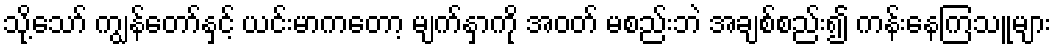
သို့သော် ကျွန်တော်နှင့် ယင်းမာကတော့ မျက်နှာကို အဝတ် မစည်းဘဲ အချစ်စည်း၍ ကန်းနေကြသူများ